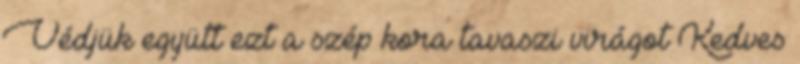
Védjük együtt ezt a szép kora tavaszi virágot Kedves